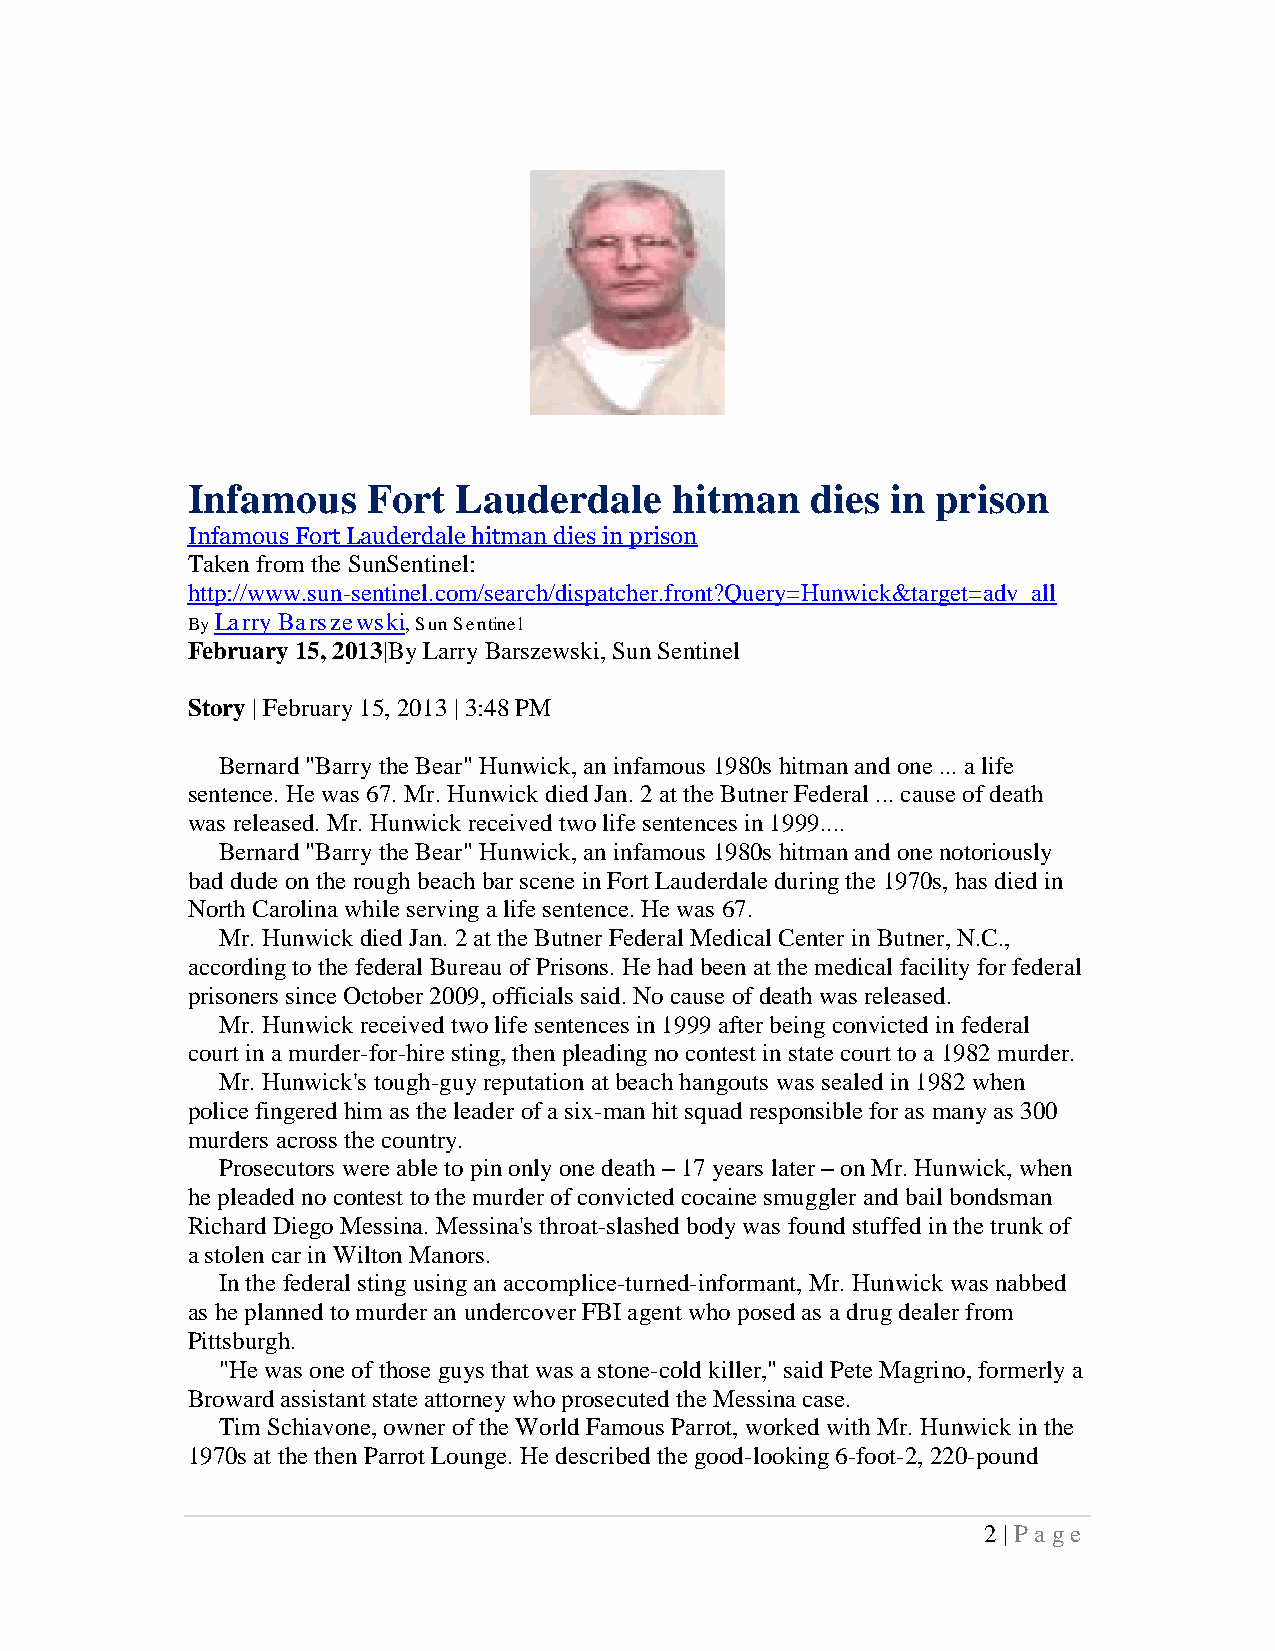
Infamous    Fort  Lauderdale     hitman   dies in prison
 Infamous Fort Lauderdale hitman dies in prison
 Taken from the SunSentinel:
 http://www.sun-sentinel.com/search/dispatcher.front?Query=Hunwick&target=adv_all
 By Larry Barszewski, Sun Sentinel
 February 15, 2013|By Larry Barszewski, Sun Sentinel
 Story | February 15, 2013 | 3:48 PM
 Bernard "Barry the Bear" Hunwick, an infamous 1980s hitman and one ... a life
 sentence. He was 67. Mr. Hunwick died Jan. 2 at the Butner Federal ... cause of death
 was released. Mr. Hunwick received two life sentences in 1999....
 Bernard "Barry the Bear" Hunwick, an infamous 1980s hitman and one notoriously
 bad dude on the rough beach bar scene in Fort Lauderdale during the 1970s, has died in
 North Carolina while serving a life sentence. He was 67.
 Mr. Hunwick died Jan. 2 at the Butner Federal Medical Center in Butner, N.C.,
 according to the federal Bureau of Prisons. He had been at the medical facility for federal
 prisoners since October 2009, officials said. No cause of death was released.
 Mr. Hunwick received two life sentences in 1999 after being convicted in federal
 court in a murder-for-hire sting, then pleading no contest in state court to a 1982 murder.
 Mr. Hunwick's tough-guy reputation at beach hangouts was sealed in 1982 when
 police fingered him as the leader of a six-man hit squad responsible for as many as 300
 murders across the country.
 Prosecutors were able to pin only one death – 17 years later – on Mr. Hunwick, when
 he pleaded no contest to the murder of convicted cocaine smuggler and bail bondsman
 Richard Diego Messina. Messina's throat-slashed body was found stuffed in the trunk of
 a stolen car in Wilton Manors.
 In the federal sting using an accomplice-turned-informant, Mr. Hunwick was nabbed
 as he planned to murder an undercover FBI agent who posed as a drug dealer from
 Pittsburgh.
 "He was one of those guys that was a stone-cold killer," said Pete Magrino, formerly a
 Broward assistant state attorney who prosecuted the Messina case.
 Tim Schiavone, owner of the World Famous Parrot, worked with Mr. Hunwick in the
 1970s at the then Parrot Lounge. He described the good-looking 6-foot-2, 220-pound
 2 | P a ge